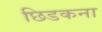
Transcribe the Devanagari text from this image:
छिडकना